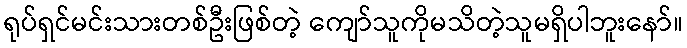
ရုပ်ရှင်မင်းသားတစ်ဦးဖြစ်တဲ့ ကျော်သူကိုမသိတဲ့သူမရှိပါဘူးနော်။